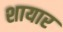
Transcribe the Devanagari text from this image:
शायार